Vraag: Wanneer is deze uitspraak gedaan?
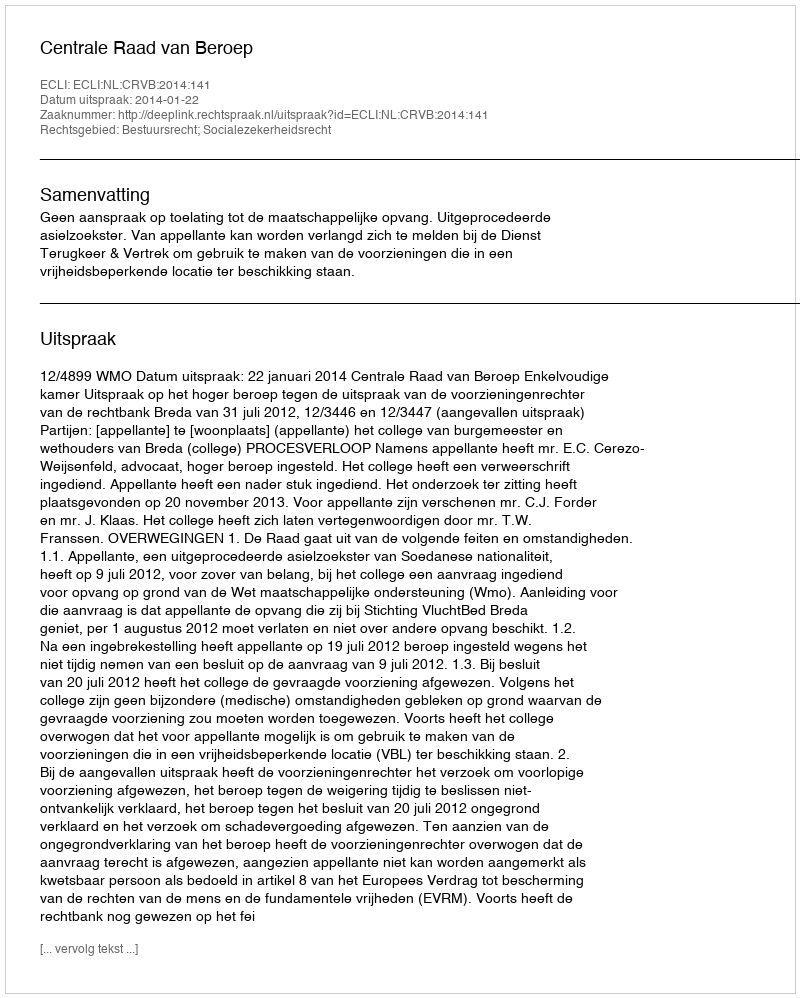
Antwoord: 2014-01-22